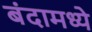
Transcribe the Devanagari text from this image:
बंदामध्ये